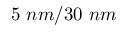
5 \ n m / 3 0 \ n m